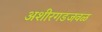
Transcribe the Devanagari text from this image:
अशीरगडजवळ